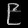
Digit: ၉